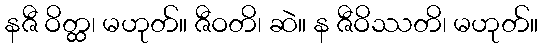
နဇီ ဝိတ္ထ၊ မဟုတ်။ ဇီဝတိ၊ ဆဲ။ န ဇီဝိဿတိ၊ မဟုတ်။